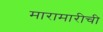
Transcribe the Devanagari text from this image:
मारामारीची